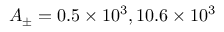
A _ { \pm } = 0 . 5 \times 1 0 ^ { 3 } , 1 0 . 6 \times 1 0 ^ { 3 }